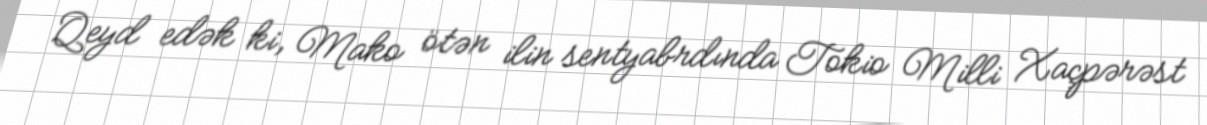
Qeyd edək ki, Mako ötən ilin sentyabrdında Tokio Milli Xaçpərəst